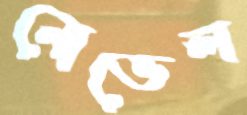
নোভেল